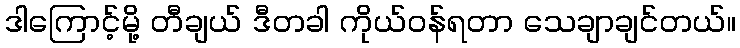
ဒါကြောင့်မို့ တီချယ် ဒီတခါ ကိုယ်ဝန်ရတာ သေချာချင်တယ်။